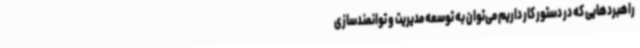
راهبردهایی که در دستور کار داریم می‌توان به توسعه مدیریت و توانمندسازی